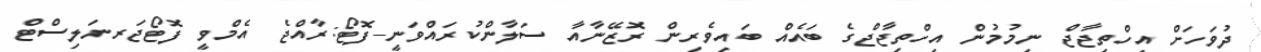
ދުވަހަށް އިހްތިޖާޖް ނިމުމުން އިހްތިޖާޖްގެ ބައެއް ބައިވެރިން ރޮޒޭނާއާ ސަލާންކުރައްވަނީ-ފޮޓޯ:ރާއްޖެ އެމްވީ ފޮޓޯޖަރނަލިސްޓް